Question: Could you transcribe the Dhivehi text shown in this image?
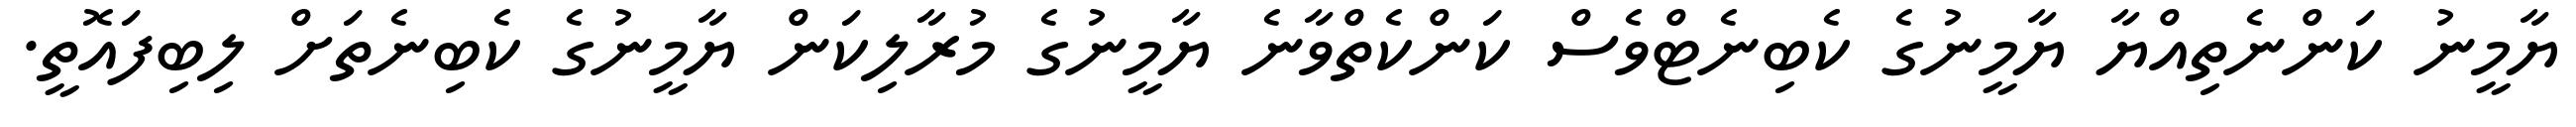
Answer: ޔާމީނު ކަންނެތިއްޔާ ޔާމީނުގެ ކެބިނެޓްވެސް ކަންކެތްވާނެ ޔާމީނުގެ މުރާލިކަން ޔާމީނުގެ ކެބިނެތަށް ލިބިފައޮތީ.